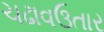
ચઢાવઉતાર